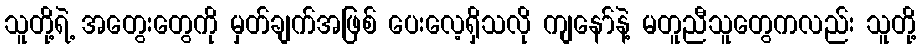
သူတို့ရဲ့ အတွေးတွေကို မှတ်ချက်အဖြစ် ပေးလေ့ရှိသလို ကျနော်နဲ့ မတူညီသူတွေကလည်း သူတို့